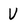
Character: V